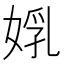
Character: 𡝦